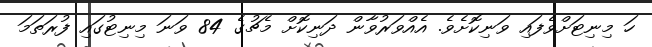
ހަ މިނިޓަށްވެފައި ވަނިކޮށެވެ. އެއްވަރުވާން ދަނިކޮށް މެޗުގެ 84 ވަނަ މިނިޓުގައި ފުރަތަމަ